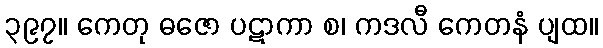
၃၉၇။ ကေတု ဓဇော ပဋာကာ စ၊ ကဒလီ ကေတနံ ပျထ။